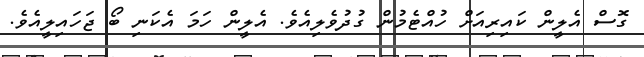
ގޮސް އެލީން ކައިރިއަށް ހުއްޓެމުން ގުދުވެލިއެވެ. އެލީން ހަމަ އެކަނި ބޯ ޖަހައިލީއެވެ.